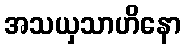
အသယှသာဟိနော